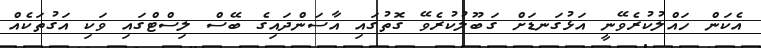
އެކަން ހައްލުކުރެވޭނީ އަޅުގަނޑަށް ގަބޫލުކުރެވޭ ގޮތުގައި އާސަންދައިގެ ބޭސް ލިސްޓްގައި ވަކި އަގުތަކެއް